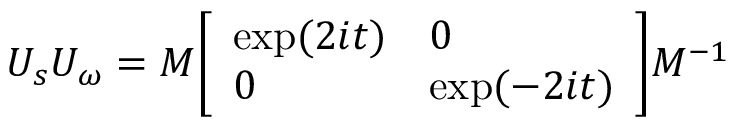
U _ { s } U _ { \omega } = M { \left[ \begin{array} { l l } { \exp ( 2 i t ) } & { 0 } \\ { 0 } & { \exp ( - 2 i t ) } \end{array} \right] } M ^ { - 1 }